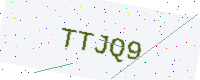
Text: TTJQ9